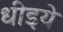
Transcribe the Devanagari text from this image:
धीइये